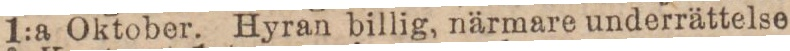
1:a Oktober. Hyran billig, närmare underrättelse